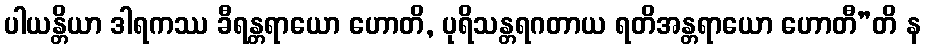
ပါယန္တိယာ ဒါရကဿ ခီရန္တရာယော ဟောတိ, ပုရိသန္တရဂတာယ ရတိအန္တရာယော ဟောတီ”တိ န